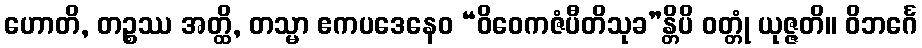
ဟောတိ, တဉ္စဿ အတ္ထိ, တသ္မာ ဧကပဒေနေဝ “ဝိဝေကဇံပီတိသုခ”န္တိပိ ဝတ္တုံ ယုဇ္ဇတိ။ ဝိဘင်္ဂေ